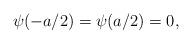
LaTeX: \begin{align*}\psi(-a/2)=\psi(a/2)=0 ,\end{align*}